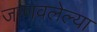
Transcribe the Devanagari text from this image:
जाणवलेल्या